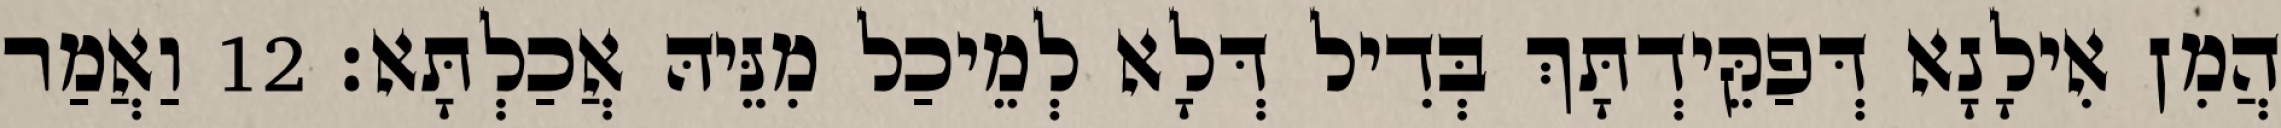
הֲמִן אִילָנָא דְּפַקֵּידְתָּךְ בְּדִיל דְּלָא לְמֵיכַל מִנֵּיהּ אֲכַלְתָּא׃ 12 וַאֲמַר